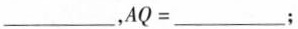
___，AQ=___；